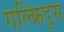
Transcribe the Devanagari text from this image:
गल्फ्रिदुस